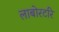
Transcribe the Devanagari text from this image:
लाबोरटरि